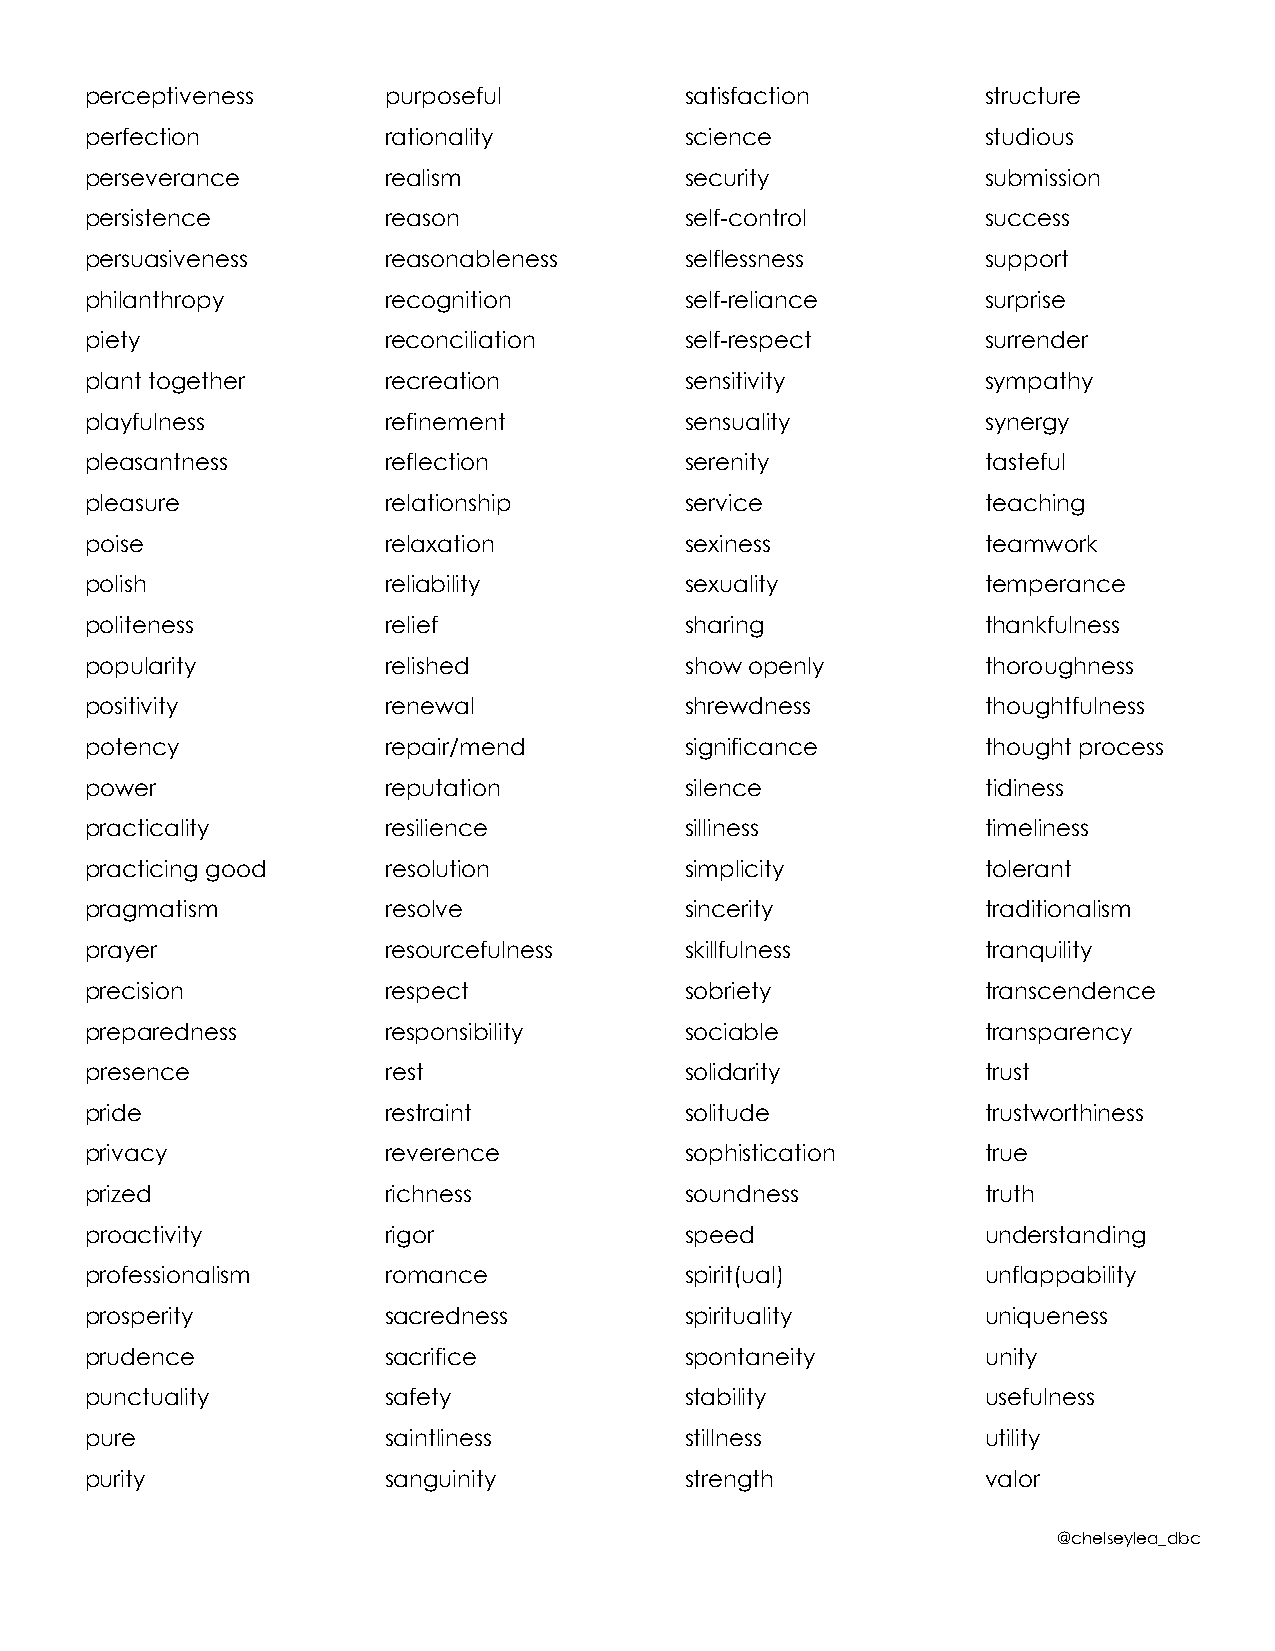
perceptiveness     purposeful          satisfaction        structure
 perfection         rationality         science             studious
 perseverance       realism             security            submission
 persistence        reason              self-control        success
 persuasiveness     reasonableness      selflessness        support
 philanthropy       recognition         self-reliance       surprise
 piety              reconciliation      self-respect        surrender
 plant together     recreation          sensitivity         sympathy
 playfulness        refinement          sensuality          synergy
 pleasantness       reflection          serenity            tasteful
 pleasure           relationship        service             teaching
 poise              relaxation          sexiness            teamwork
 polish             reliability         sexuality           temperance
 politeness         relief              sharing             thankfulness
 popularity         relished            show openly         thoroughness
 positivity         renewal             shrewdness          thoughtfulness
 potency            repair/mend         significance        thought process
 power              reputation          silence             tidiness
 practicality       resilience          silliness           timeliness
 practicing good    resolution          simplicity          tolerant
 pragmatism         resolve             sincerity           traditionalism
 prayer             resourcefulness     skillfulness        tranquility
 precision          respect             sobriety            transcendence
 preparedness       responsibility      sociable            transparency
 presence           rest                solidarity          trust
 pride              restraint           solitude            trustworthiness
 privacy            reverence           sophistication      true
 prized             richness            soundness           truth
 proactivity        rigor               speed               understanding
 professionalism    romance             spirit(ual)         unflappability
 prosperity         sacredness          spirituality        uniqueness
 prudence           sacrifice           spontaneity         unity
 punctuality        safety              stability           usefulness
 pure               saintliness         stillness           utility
 purity             sanguinity          strength            valor
 @chelseylea_dbc